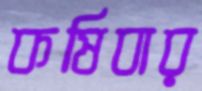
কষিবার